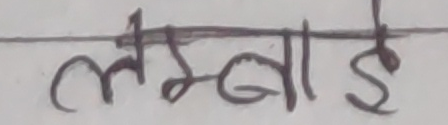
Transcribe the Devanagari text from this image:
लम्बाई